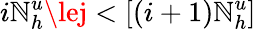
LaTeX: i\mathbb{N}_{h}^{u}\lej<[(i+1)\mathbb{N}_{h}^{u}]